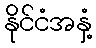
နိုင်ငံအနှံ့